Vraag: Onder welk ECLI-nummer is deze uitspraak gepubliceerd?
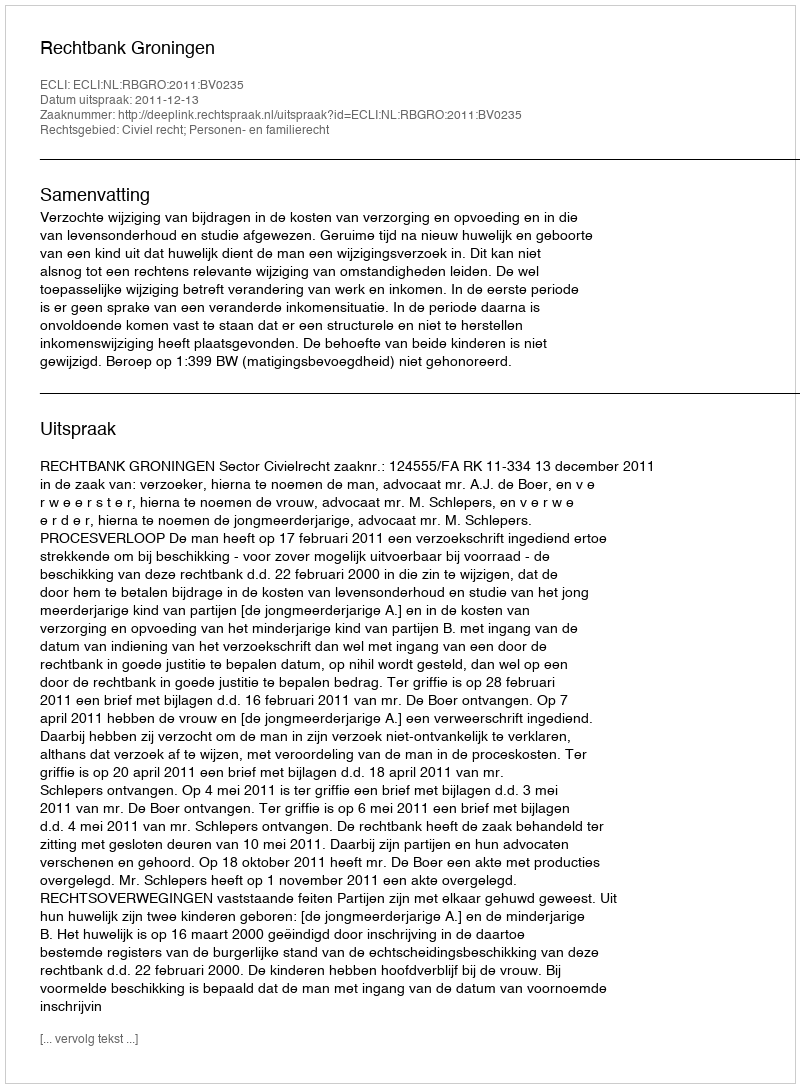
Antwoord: ECLI:NL:RBGRO:2011:BV0235